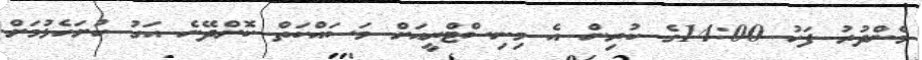
މެންދުރު ފަހު 14:00ގެ ކުރިން އެ މިނިސްޓްރީއަށް މަސައްކަތް ކޮށްދޭނެ އަގު ހުށަހެޅުމަށް